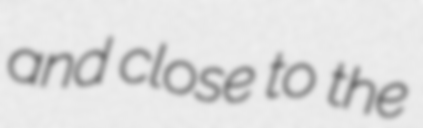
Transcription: and close to the